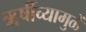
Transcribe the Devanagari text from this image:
ॠषींच्यामुळें